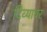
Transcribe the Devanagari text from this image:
दिव्यावर